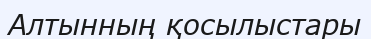
Алтынның қосылыстapы